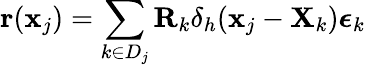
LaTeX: \mathbf{r}(\mathbf{x}_{j})=\sum_{k\in D_{j}}\mathbf{R}_{k}\delta_{h}(\mathbf{x}_{j}-\mathbf{X}_{k})\boldsymbol{\epsilon}_{k}